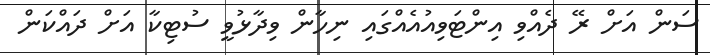
ސަން އަށް ރޭ ދެއްވި އިންޓަވިއުއެއްގައި ނިހާން ވިދާޅުވީ ސުޓިކާ އަށް ދައްކަން